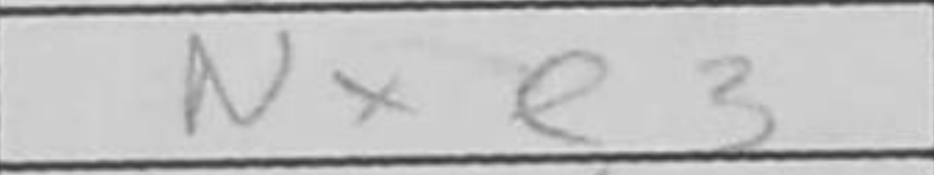
Transcription: Nxe3